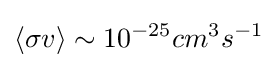
\left\langle \sigma v\right\rangle \sim 10^{-25}cm^{3}s^{-1}